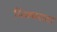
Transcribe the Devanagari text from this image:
पिक्चराटा